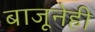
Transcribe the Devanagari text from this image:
बाजूनेही